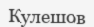
Кулешов